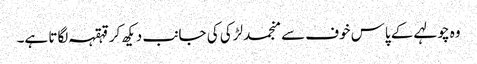
وہ چولہے کے پاس خوف سے منجمد لڑکی کی جانب دیکھ کر قہقہہ لگاتا ہے۔